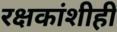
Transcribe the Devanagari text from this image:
रक्षकांशीही